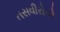
તસવીરોએ